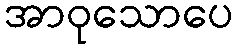
အာဝုသောပေ